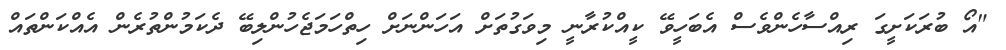
"އޯ ބުރަކަށީގަ ރިއްސާހެންވެސް އެބަހީވޭ ކީއްކުރާނީ މިވަގުތަށް އަހަންނަށް ހިތްހަމަޖެހުންލިބޭ ދެކަމުންތުރެން އެއްކަންތައް